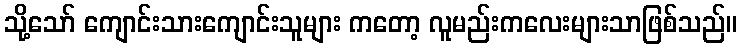
သို့သော် ကျောင်းသားကျောင်းသူများ ကတော့ လူမည်းကလေးများသာဖြစ်သည်။